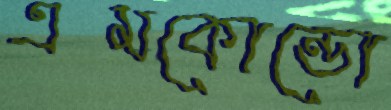
এমকোন্ডো